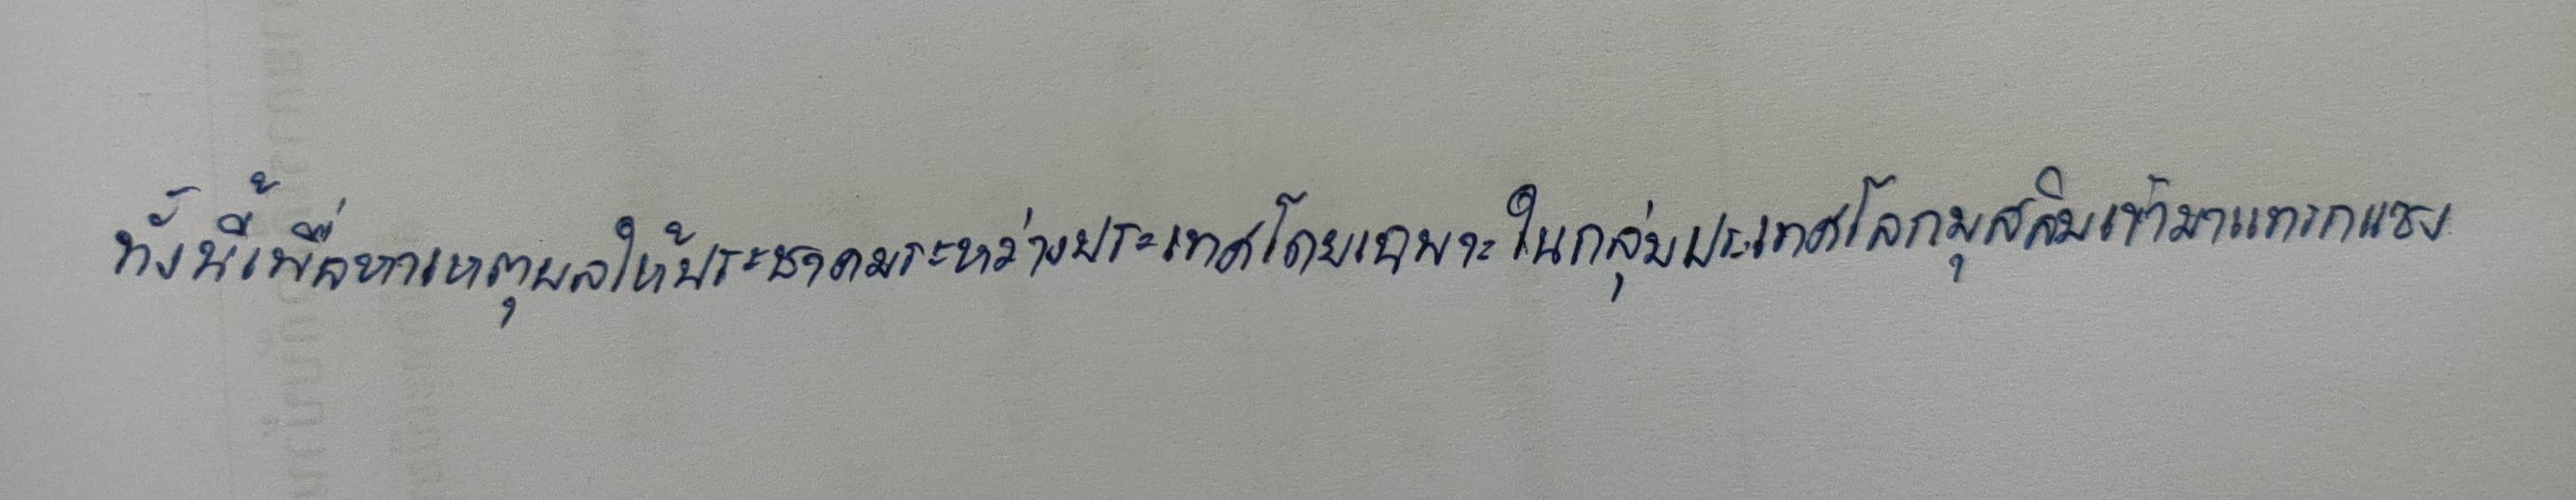
ทั้งนี้เพื่อหาเหตุผลให้ประชาคมระหว่างประเทศโดยเฉพาะในกลุ่มประเทศโลกมุสลิมเข้ามาแทรกแซง